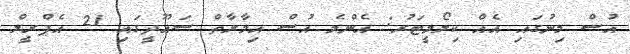
އުސް މިނުގައި އެއް ކިލޯމީޓަރު: އެންމެ އުސް އިމާރާތް ސައޫދީގައި 21 އެޕްރީލް